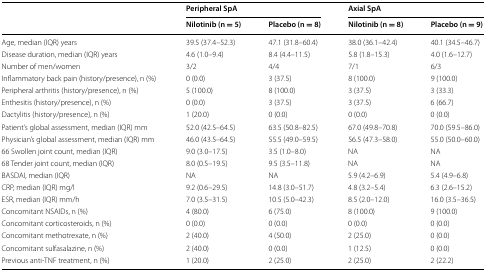
<table><thead><tr><td rowspan="2"></td><td colspan="2"><b>Peripheral SpA</b></td><td colspan="2"><b>Axial SpA</b></td></tr><tr><td><b>Nilotinib (n = 5)</b></td><td><b>Placebo (n = 8)</b></td><td><b>Nilotinib (n = 8)</b></td><td><b>Placebo (n = 9)</b></td></tr></thead><tbody><tr><td>Age, median (IQR) years</td><td>39.5 (37.4–52.3)</td><td>47.1 (31.8–60.4)</td><td>38.0 (36.1–42.4)</td><td>40.1 (34.5–46.7)</td></tr><tr><td>Disease duration, median (IQR) years</td><td>4.6 (1.0–9.4)</td><td>8.4 (4.4–11.5)</td><td>5.8 (1.8–15.3)</td><td>4.0 (1.6–12.7)</td></tr><tr><td>Number of men/women</td><td>3/2</td><td>4/4</td><td>7/1</td><td>6/3</td></tr><tr><td>Inflammatory back pain (history/presence), n (%)</td><td>0 (0.0)</td><td>3 (37.5)</td><td>8 (100.0)</td><td>9 (100.0)</td></tr><tr><td>Peripheral arthritis (history/presence), n (%)</td><td>5 (100.0)</td><td>8 (100.0)</td><td>3 (37.5)</td><td>3 (33.3)</td></tr><tr><td>Enthesitis (history/presence), n (%)</td><td>0 (0.0)</td><td>3 (37.5)</td><td>3 (37.5)</td><td>6 (66.7)</td></tr><tr><td>Dactylitis (history/presence), n (%)</td><td>1 (20.0)</td><td>0 (0.0)</td><td>0 (0.0)</td><td>0 (0.0)</td></tr><tr><td>Patient’s global assessment, median (IQR) mm</td><td>52.0 (42.5–64.5)</td><td>63.5 (50.8–82.5)</td><td>67.0 (49.8–70.8)</td><td>70.0 (59.5–86.0)</td></tr><tr><td>Physician’s global assessment, median (IQR) mm</td><td>46.0 (43.5–64.5)</td><td>55.5 (49.0–59.5)</td><td>56.5 (47.3–58.0)</td><td>55.0 (50.0–60.0)</td></tr><tr><td>66 Swollen joint count, median (IQR)</td><td>9.0 (3.0–17.5)</td><td>3.5 (1.0–8.0)</td><td>NA</td><td>NA</td></tr><tr><td>68 Tender joint count, median (IQR)</td><td>8.0 (0.5–19.5)</td><td>9.5 (3.5–11.8)</td><td>NA</td><td>NA</td></tr><tr><td>BASDAI, median (IQR)</td><td>NA</td><td>NA</td><td>5.9 (4.2–6.9)</td><td>5.4 (4.9–6.8)</td></tr><tr><td>CRP, median (IQR) mg/l</td><td>9.2 (0.6–29.5)</td><td>14.8 (3.0–51.7)</td><td>4.8 (3.2–5.4)</td><td>6.3 (2.6–15.2)</td></tr><tr><td>ESR, median (IQR) mm/h</td><td>7.0 (3.5–31.5)</td><td>10.5 (5.0–42.3)</td><td>8.5 (2.0–12.0)</td><td>16.0 (3.5–36.5)</td></tr><tr><td>Concomitant NSAIDs, n (%)</td><td>4 (80.0)</td><td>6 (75.0)</td><td>8 (100.0)</td><td>9 (100.0)</td></tr><tr><td>Concomitant corticosteroids, n (%)</td><td>0 (0.0)</td><td>0 (0.0)</td><td>0 (0.0)</td><td>0 (0.0)</td></tr><tr><td>Concomitant methotrexate, n (%)</td><td>2 (40.0)</td><td>4 (50.0)</td><td>2 (25.0)</td><td>0 (0.0)</td></tr><tr><td>Concomitant sulfasalazine, n (%)</td><td>2 (40.0)</td><td>0 (0.0)</td><td>1 (12.5)</td><td>0 (0.0)</td></tr><tr><td>Previous anti-TNF treatment, n (%)</td><td>1 (20.0)</td><td>2 (25.0)</td><td>2 (25.0)</td><td>2 (22.2)</td></tr></tbody></table>